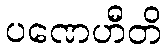
ပဏေဟီတိ